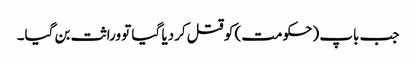
جب باپ (حکومت) کو قتل کردیا گیا تو وراثت بن گیا۔